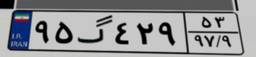
۹۵گ۴۲۹۵۳